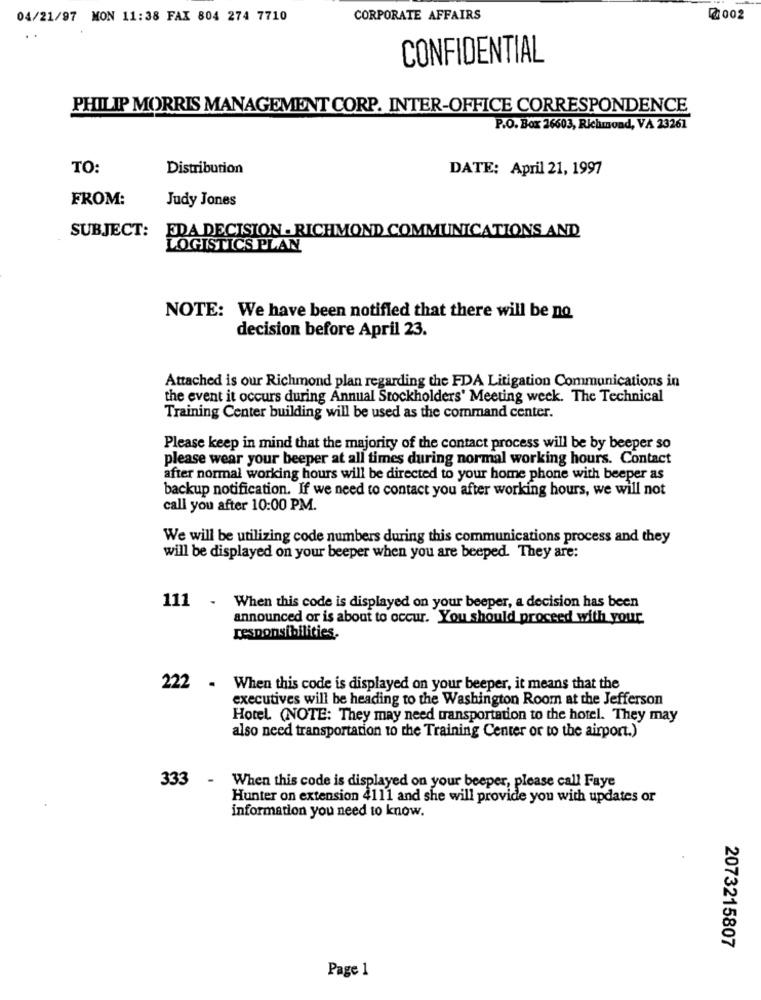
04/21/97 MON 11:38 FAX 804 274 7710
CORPORATE AFFAIRS
@002
CONFIDENTIAL
PHILIP MORRIS MANAGEMENT CORP. INTER-OFFICE CORRESPONDENCE
P.O. Box 26603, Richmond, VA 23261
TO:
Distribution
DATE: April 21, 1997
FROM:
Judy Jones
EDA DECISION - RICHMOND COMMUNICATIONS AND
SUBJECT:
LOGISTICS PLAN
NOTE: We have been notified that there will be no
decision before April 23.
Attached is our Richmond plan regarding the FDA Litigation Communications in
the event it occurs during Annual Stockholders' Meeting weck. The Technical
Training Center building will be used as the command center.
Please keep in mind that the majority of the contact process will be by beeper so
please wear your beeper at all times during normal working hours. Contact
after normal working hours will be directed to your home phone with beeper as
backup notification. If we need to contact you after working hours, we will not
call you after 10:00 PM.
We will be utilizing code numbers during this communications process and they
will be displayed on your beeper when you are beeped. They are:
111 - When this code is displayed on your beeper, a decision has been
announced or is about to occur. You should proceed with your
responsibilities.
222 - When this code is displayed on your beeper, it means that the
executives will be heading to the Washington Room at the Jefferson
Hotel. (NOTE: They may need transportation to the hotel. They may
also need transportation to the Training Center or to the airport.)
333 - When this code is displayed on your beeper, please call Faye
Hunter on extension 4111 and she will provide you with updates or
information you need to know.
2073215807
Page 1